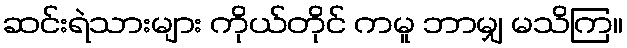
ဆင်းရဲသားများ ကိုယ်တိုင် ကမူ ဘာမျှ မသိကြ။